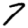
Digit: 7